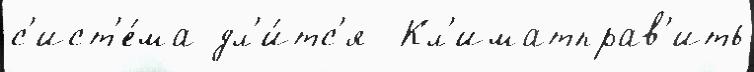
с'ист'е́ма дл'и́тс'я  Кл'иматправ'ить